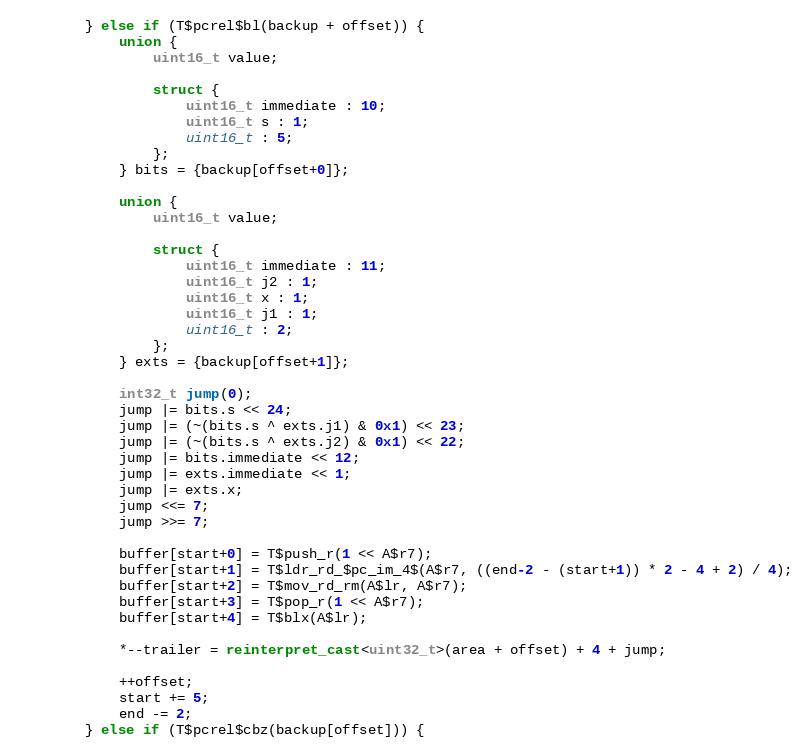
Language: C++
        } else if (T$pcrel$bl(backup + offset)) {
            union {
                uint16_t value;

                struct {
                    uint16_t immediate : 10;
                    uint16_t s : 1;
                    uint16_t : 5;
                };
            } bits = {backup[offset+0]};

            union {
                uint16_t value;

                struct {
                    uint16_t immediate : 11;
                    uint16_t j2 : 1;
                    uint16_t x : 1;
                    uint16_t j1 : 1;
                    uint16_t : 2;
                };
            } exts = {backup[offset+1]};

            int32_t jump(0);
            jump |= bits.s << 24;
            jump |= (~(bits.s ^ exts.j1) & 0x1) << 23;
            jump |= (~(bits.s ^ exts.j2) & 0x1) << 22;
            jump |= bits.immediate << 12;
            jump |= exts.immediate << 1;
            jump |= exts.x;
            jump <<= 7;
            jump >>= 7;

            buffer[start+0] = T$push_r(1 << A$r7);
            buffer[start+1] = T$ldr_rd_$pc_im_4$(A$r7, ((end-2 - (start+1)) * 2 - 4 + 2) / 4);
            buffer[start+2] = T$mov_rd_rm(A$lr, A$r7);
            buffer[start+3] = T$pop_r(1 << A$r7);
            buffer[start+4] = T$blx(A$lr);

            *--trailer = reinterpret_cast<uint32_t>(area + offset) + 4 + jump;

            ++offset;
            start += 5;
            end -= 2;
        } else if (T$pcrel$cbz(backup[offset])) {